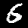
Label: 6